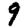
Digit: 9